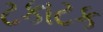
ટકાટક